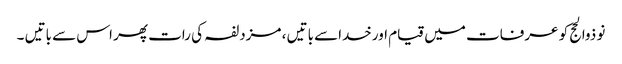
نو ذوالحج کو عرفات میں قیام اورخداسے باتیں ، مزدلفہ کی رات پھر اس سے باتیں ۔